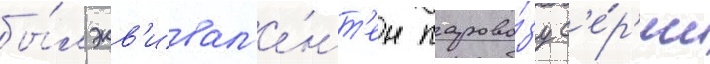
бы́л экв'ивал'е́нт'ен парово́зу с'е́р'ии